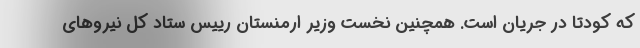
که کودتا در جریان است. همچنین نخست وزیر ارمنستان رییس ستاد کل نیروهای